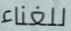
للغناء